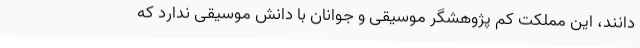
دانند، این مملکت کم پژوهشگر موسیقی و جوانان با دانش موسیقی ندارد که